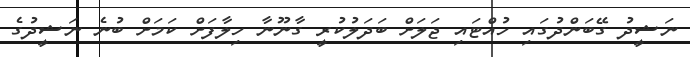
ނަޝީދު ގޭބަންދުގައި ހުއްޓައި ޖަލަށް ބަދަލުކުރީ ގާނޫނާ ހިލާފަށް ކަމަށް ބުނެ ނަޝީދުގެ